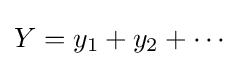
Y=y_{1}+y_{2}+\cdots